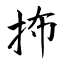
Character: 抪